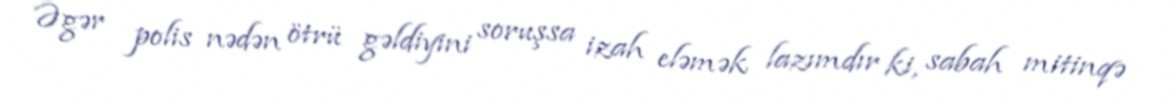
Əgər polis nədən ötrü gəldiyini soruşsa izah eləmək lazımdır ki, sabah mitinqə